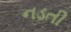
નડતી